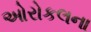
ઓરોકલના